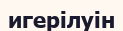
игерілуін